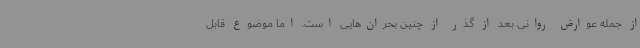
از جمله عوارض روانی بعد از گذر از چنین بحران‌هایی است. اما موضوع قابل